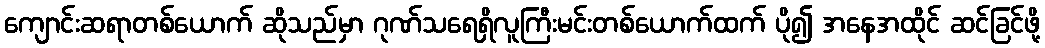
ကျောင်းဆရာတစ်ယောက် ဆိုသည်မှာ ဂုဏ်သရေရှိလူကြီးမင်းတစ်ယောက်ထက် ပို၍ အနေအထိုင် ဆင်ခြင်ဖို့